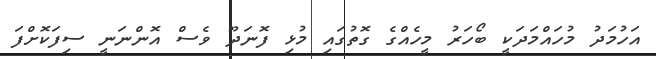
އަހުމަދު މުހައްމަދަކީ ބޯހަރު މީހެއްގެ ގޮތުގައި މުޅި ފޮނަދޫ ވެސް އޮންނަނީ ސިފަކޮށްފަ